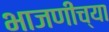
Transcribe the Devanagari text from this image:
भाजणीच्या